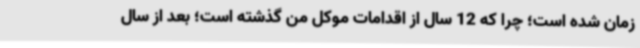
زمان شده است؛ چرا که 12 سال از اقدامات موکل من گذشته است؛ بعد از سال